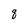
Character: q